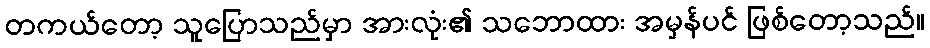
တကယ်တော့ သူပြောသည်မှာ အားလုံး၏ သဘောထား အမှန်ပင် ဖြစ်တော့သည်။